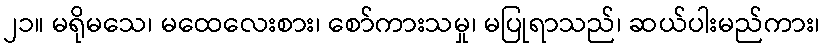
၂၁။ မရိုမသေ၊ မထေလေးစား၊ စော်ကားသမှု၊ မပြုရာသည်၊ ဆယ်ပါးမည်ကား၊